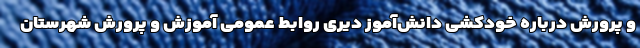
و پرورش درباره خودکشی دانش‌آموز دیری روابط عمومی آموزش و پرورش شهرستان